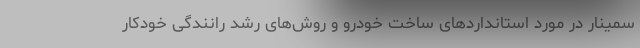
سمینار در مورد استانداردهای ساخت خودرو و روش‌‌های رشد رانندگی خودکار